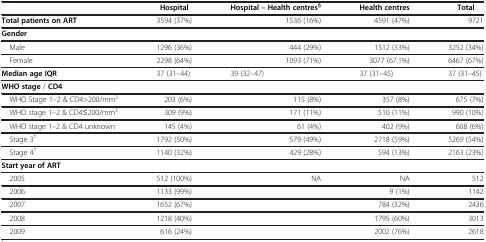
<table><thead><tr><td><b> </b></td><td><b>Hospital</b></td><td><b>Hospital –Health centres<sup>C</sup></b></td><td><b>Health centres</b></td><td><b>Total</b></td></tr></thead><tbody><tr><td><b>Total patients on ART</b></td><td>3594 (37%)</td><td>1536 (16%)</td><td>4591 (47%)</td><td>9721</td></tr><tr><td><b>Gender</b></td><td> </td><td> </td><td> </td><td> </td></tr><tr><td> Male</td><td>1296 (36%)</td><td>444 (29%)</td><td>1512 (33%)</td><td>3252 (34%)</td></tr><tr><td> Female</td><td>2298 (64%)</td><td>1093 (71%)</td><td>3077 (67.1%)</td><td>6467 (67%)</td></tr><tr><td><b>Median age IQR</b></td><td>37 (31–44)</td><td>39 (32–47)</td><td>37 (31–45)</td><td>37 (31–45)</td></tr><tr><td><b>WHO stage </b>/ <b>CD4</b></td><td> </td><td> </td><td> </td><td> </td></tr><tr><td> WHO Stage 1–2 &amp; CD4&gt;200/mm<sup>3</sup></td><td>203 (6%)</td><td>115 (8%)</td><td>357 (8%)</td><td>675 (7%)</td></tr><tr><td> WHO stage 1–2 &amp; CD4≤200/mm<sup>3</sup></td><td>309 (9%)</td><td>171 (11%)</td><td>510 (11%)</td><td>990 (10%)</td></tr><tr><td> WHO stage 1–2 &amp; CD4 unknown</td><td>145 (4%)</td><td>61 (4%)</td><td>402 (9%)</td><td>608 (6%)</td></tr><tr><td> Stage 3<sup>†</sup></td><td>1792 (50%)</td><td>579 (49%)</td><td>2718 (59%)</td><td>5269 (54%)</td></tr><tr><td> Stage 4<sup>†</sup></td><td>1140 (32%)</td><td>429 (28%)</td><td>594 (13%)</td><td>2163 (23%)</td></tr><tr><td><b>Start year of ART</b></td><td> </td><td> </td><td> </td><td> </td></tr><tr><td> 2005</td><td>512 (100%)</td><td>NA</td><td>NA</td><td>512</td></tr><tr><td> 2006</td><td>1133 (99%)</td><td> </td><td>9 (1%)</td><td>1142</td></tr><tr><td> 2007</td><td>1652 (67%)</td><td> </td><td>784 (32%)</td><td>2436</td></tr><tr><td> 2008</td><td>1218 (40%)</td><td> </td><td>1795 (60%)</td><td>3013</td></tr><tr><td> 2009</td><td>616 (24%)</td><td> </td><td>2002 (76%)</td><td>2618</td></tr></tbody></table>